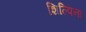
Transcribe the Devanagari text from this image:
शिल्पिनां